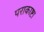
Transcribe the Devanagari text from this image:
पराकाष्टा